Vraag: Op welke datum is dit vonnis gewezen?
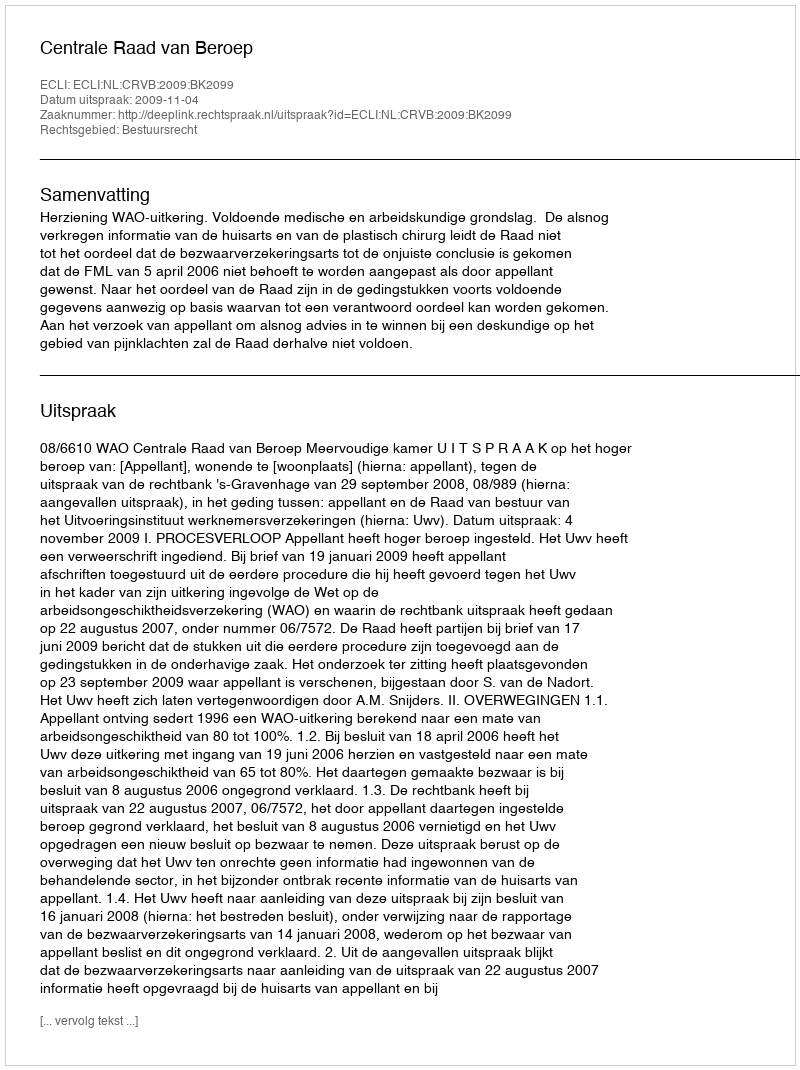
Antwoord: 2009-11-04